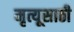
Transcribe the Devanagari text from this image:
मृत्यूसाठी